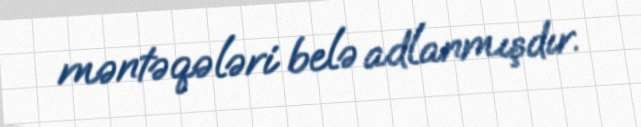
məntəqələri belə adlanmışdır.